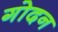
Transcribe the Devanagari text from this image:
गोदन